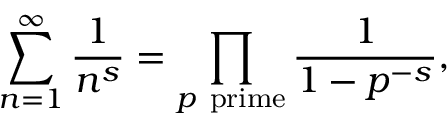
\sum _ { n = 1 } ^ { \infty } { \frac { 1 } { n ^ { s } } } = \prod _ { p { \mathrm { ~ p r i m e } } } { \frac { 1 } { 1 - p ^ { - s } } } ,